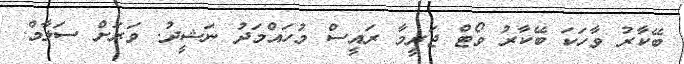
ބޭކާރު ވާހަކަ ބޭކާރު ވޯޓް ޖަރީމާ ރައީސް މުހައްމަދު ނަޝީދު. ވަރަށް ސަލާމް.